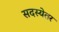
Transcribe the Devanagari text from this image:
सदस्येतर